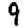
Digit: 9